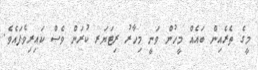
މީގެ ތެރެއިން ބައެއް މީހުން ވަނީ މިހާރު ރިޓަޔަރ ކުރަން ވެސް ކައިރިވެފައެވެ.